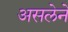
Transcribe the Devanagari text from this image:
असलेने